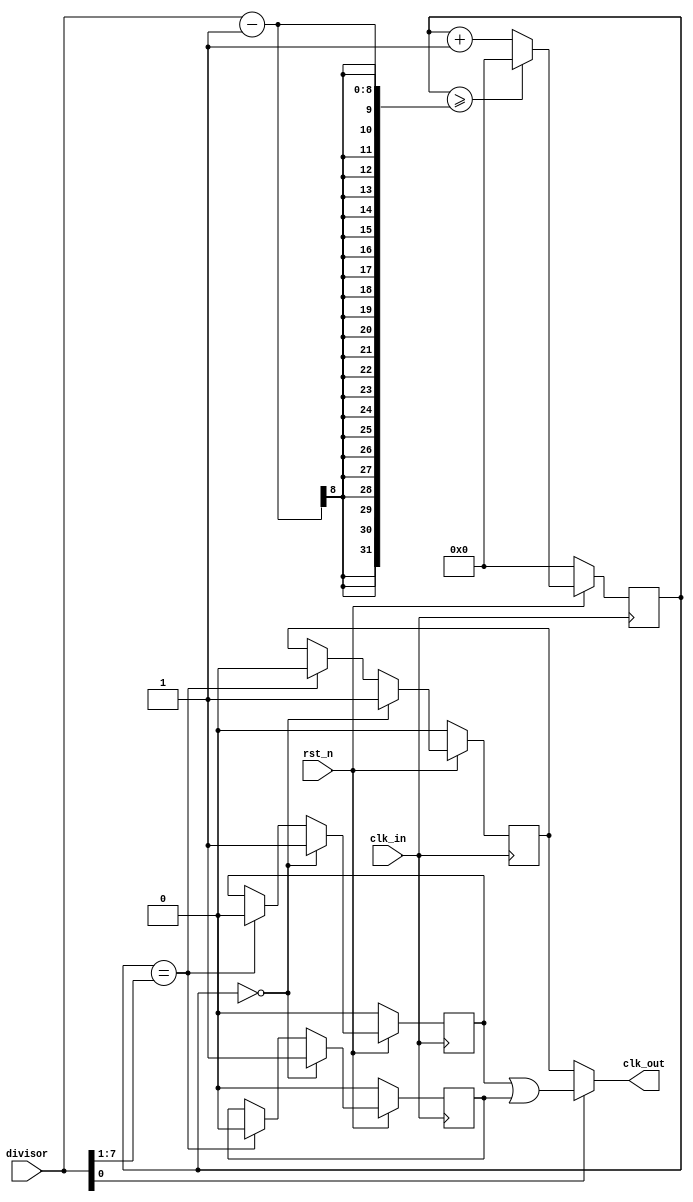
module  clk_div(clk_in, rst_n,divisor, clk_out);
 
	input clk_in;
	input rst_n;
	input [7:0]divisor;	// 
	output clk_out;
 
	reg clk_p,clk_n ;	//divisor>>1/divisor50%
	reg clk_even;	//
	wire clk_in;
	reg [7:0] cnt ;
	wire odd;
 
	assign odd = divisor[0] & 1'b1;	//odd
 
	always @( posedge clk_in )	 
	if (!rst_n )
		cnt <= 8'd0;
	else if( cnt >= (divisor - 1)) 
		cnt <= 8'd0;
	else 
		cnt <= cnt + 1'b1;
	//
	always @( posedge clk_in )	 
	if (!rst_n )
		clk_p <=1'b0;
	else if(cnt ==  8'd0)
		clk_p <= 1'b1;
	else if(cnt == (divisor >> 1))
		clk_p <= 1'b0;
 
	always @(negedge clk_in)
	if (!rst_n )
		clk_n <=1'b0;
	else if(cnt ==  8'd0)
		clk_n <= 1'b1;
	else if(cnt == (divisor >> 1))
		clk_n <= 1'b0;
	//	
	always @( posedge clk_in )	 
	if (!rst_n )
		clk_even <=1'b0;
	else if(cnt ==  8'd0)
		clk_even <= 1'b1;
	else if(cnt ==(divisor >> 1))
		clk_even <= 1'b0;
 
	assign clk_out = (odd) ? (clk_p | clk_n) : clk_even;
	
endmodule